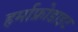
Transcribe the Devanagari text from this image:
हर्माफ्रोडाइट